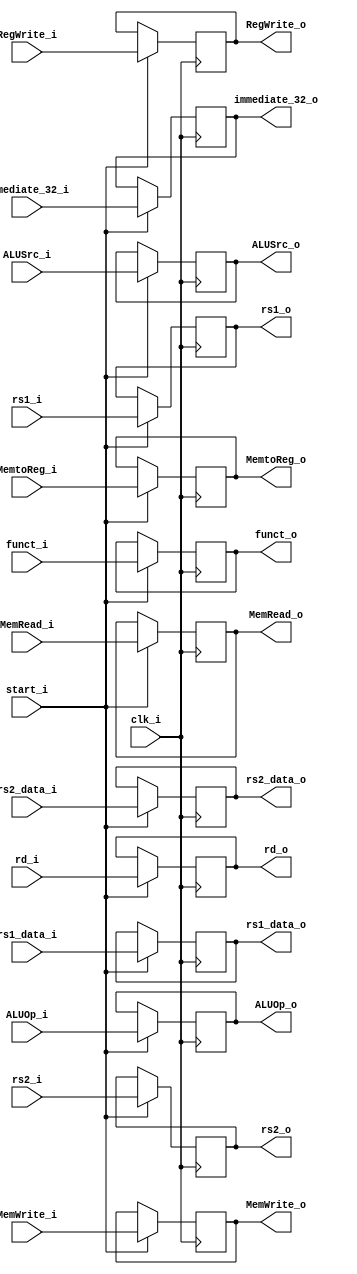
module ID_EX (
    input clk_i,
    input start_i,
    input RegWrite_i,
    input MemtoReg_i,
    input MemRead_i,
    input MemWrite_i,
    input [1:0] ALUOp_i,
    input ALUSrc_i,
    input [31:0] rs1_data_i,
    input [31:0] rs2_data_i,
    input [31:0] immediate_32_i,
    input [4:0] rs1_i,
    input [4:0] rs2_i,
    input [4:0] rd_i,
    input [9:0] funct_i, // funct7 + funct3

    output RegWrite_o,
    output MemtoReg_o,
    output MemRead_o,
    output MemWrite_o,
    output [1:0] ALUOp_o,
    output ALUSrc_o,
    output [31:0] rs1_data_o,
    output [31:0] rs2_data_o,
    output [31:0] immediate_32_o,
    output [4:0] rs1_o,
    output [4:0] rs2_o,
    output [4:0] rd_o,
    output [9:0] funct_o
);

reg RegWrite_o;
reg MemtoReg_o;
reg MemRead_o;
reg MemWrite_o;
reg [1:0] ALUOp_o;
reg ALUSrc_o;
reg [31:0] rs1_data_o;
reg [31:0] rs2_data_o;
reg [31:0] immediate_32_o;
reg [4:0] rs1_o;
reg [4:0] rs2_o;
reg [4:0] rd_o;
reg [9:0] funct_o;

always @(posedge clk_i) begin // unknown assign
    if (start_i) begin
        RegWrite_o <= RegWrite_i;
        MemtoReg_o <= MemtoReg_i;
        MemRead_o <= MemRead_i;
        MemWrite_o <= MemWrite_i;
        ALUOp_o <= ALUOp_i;
        ALUSrc_o <= ALUSrc_i;
        rs1_data_o <= rs1_data_i;
        rs2_data_o <= rs2_data_i;
        immediate_32_o <= immediate_32_i;
        rs1_o <= rs1_i;
        rs2_o <= rs2_i;
        rd_o <= rd_i;
        funct_o <= funct_i;
    end
end
endmodule